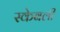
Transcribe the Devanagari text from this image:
स्केबली